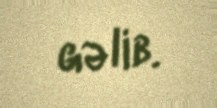
gəlib.